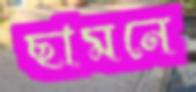
ছামনে